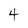
Character: 4